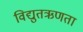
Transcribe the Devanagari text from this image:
विद्युतऋणता